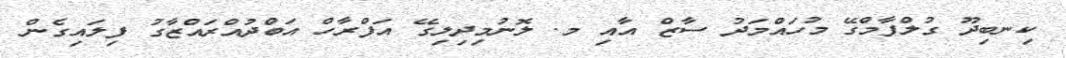
ކިނބިދޫ ގުލްފާމްގޭ މުހައްމަދު ސާޒް އާއި މ. ލޮނުމިދިލިގޭ އަފްރާހް އަބްދުއްރައްޒާގު ފިލައިގެން